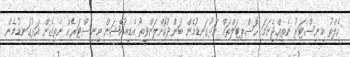
ހެލްތު މިނިސްޓަރު ނެތިއްޖެނަމަ ހޮސްޕިޓަލްތައް އަޅުގަނޑުމެން ބަންދުކޮށްލަންވީތޯ އެޑިއުކޭޝަން މިނިސްޓަރެއް ނެތިގެން އަޅުގަނޑުމެން